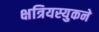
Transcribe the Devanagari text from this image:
क्षत्रियस्युकने